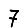
Digit: 7